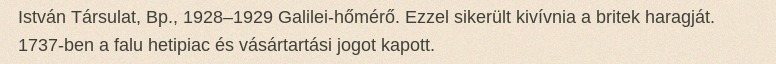
István Társulat, Bp., 1928–1929 Galilei-hőmérő. Ezzel sikerült kivívnia a britek haragját. 1737-ben a falu hetipiac és vásártartási jogot kapott.